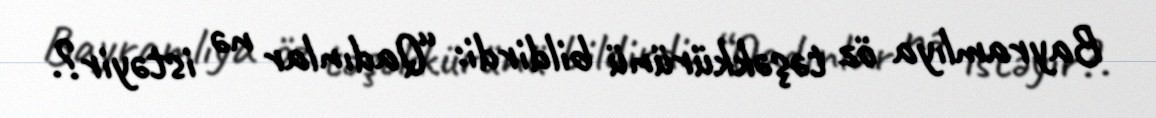
Bayramlıya öz təşəkkürünü bildirdi: “Qadınlar nə istəyir?.